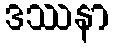
ဒဿနာ